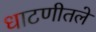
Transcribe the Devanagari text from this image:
धाटणीतले